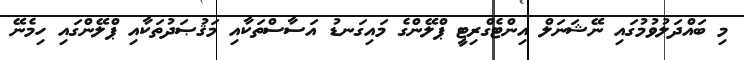
މި ބައްދަލުވުމުގައި ނޭޝަނަލް އިންޓެގްރިޓީ ޕްލޭންގެ މައިގަނޑު އަސާސްތަކާއި މަޤުޞަދުތަކާއި ޕްލޭންގައި ހިމެނޭ